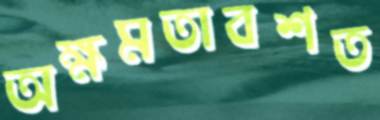
অক্ষমতাবশত